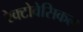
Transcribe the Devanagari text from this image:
रेक्टोवेसिकल